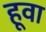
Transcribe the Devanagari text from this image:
हूवा